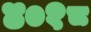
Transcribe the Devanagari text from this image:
४०१८